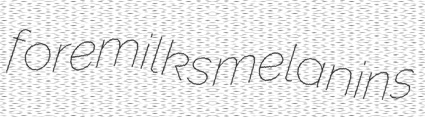
foremilks melanins